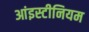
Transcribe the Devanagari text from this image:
आंइस्टीनियम